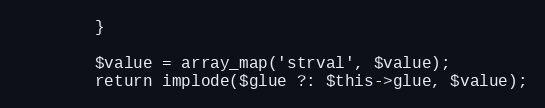
Language: PHP
        }

        $value = array_map('strval', $value);
        return implode($glue ?: $this->glue, $value);